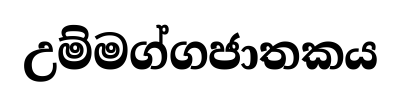
උම්මග්ගජාතකය